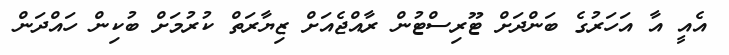
އެއީ އާ އަހަރުގެ ބަންދަށް ޓޫރިސްޓުން ރާއްޖެއަށް ޒިޔާރަތް ކުރުމަށް ބުކިން ހައްދަން